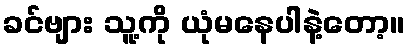
ခင်ဗျား သူ့ကို ယုံမနေပါနဲ့တော့။